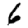
Digit: 6